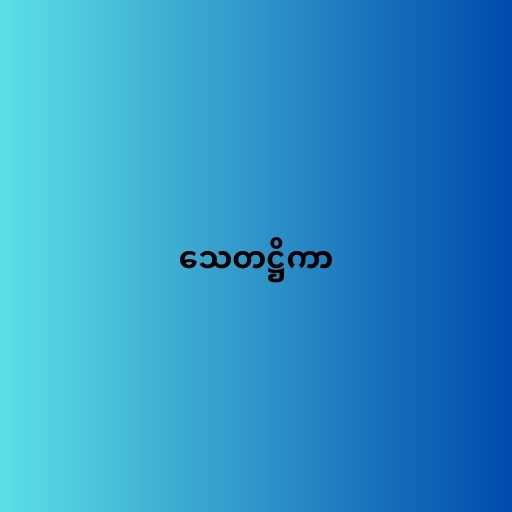
သေတဋ္ဌိကာ